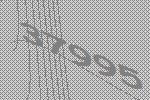
37995